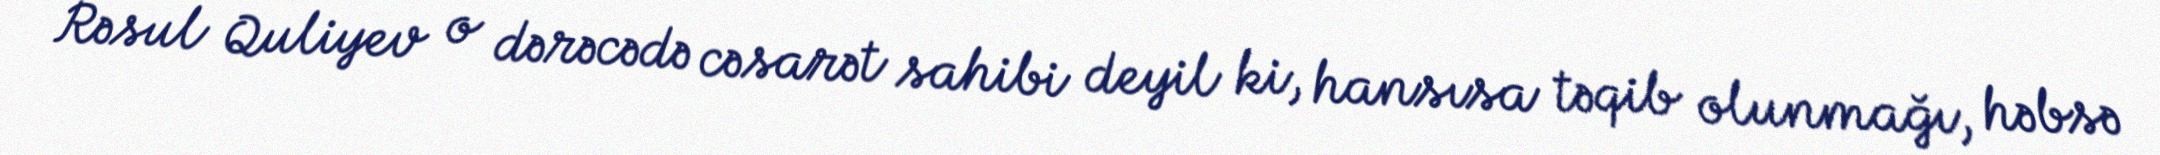
Rəsul Quliyev o dərəcədə cəsarət sahibi deyil ki, hansısa təqib olunmağı, həbsə